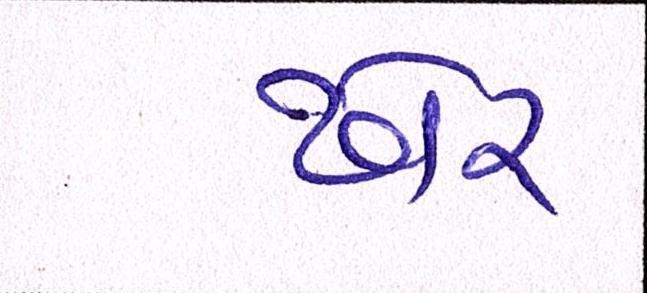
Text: ઢોર